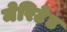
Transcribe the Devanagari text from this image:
मेरिटेड